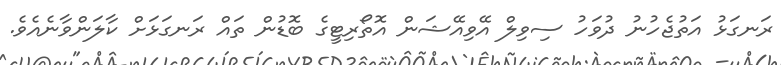
ރަނގަޅު އަތުޖެހުނު ދުވަހު ސިވިލް އޭވިއޭޝަން އޮތޯރިޓީގެ ބޮޑުން ތައް ރަނގަޅަށް ކާލަންވާނެއެވެ.